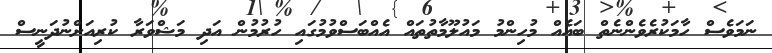
ނަމަވެސް ހާމަކުރެވެންނެތް ބައެއް މުހިންމު މައުލޫމާތުތައް އެއްބަސްވުމުގައި ހުރުމުން އަދި މަޝްވަރާ ކުރިއަށްނުދަނީސް